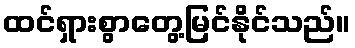
ထင်ရှားစွာတွေ့မြင်နိုင်သည်။